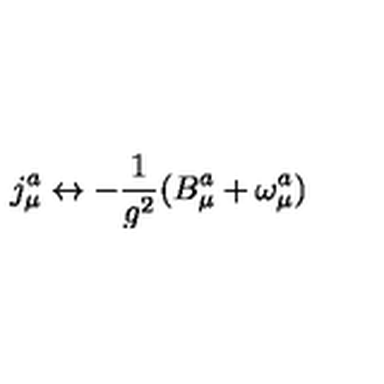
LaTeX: j _ { \mu } ^ { a } \leftrightarrow - \frac { 1 } { g ^ { 2 } } ( B _ { \mu } ^ { a } + \omega _ { \mu } ^ { a } )